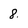
Character: 8